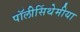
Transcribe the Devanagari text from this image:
पॉलीसिंथेमीया